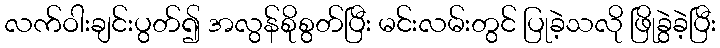
လက်ဝါးချင်းပွတ်၍ အလွန်စိုစွတ်ပြီး မင်းလမ်းတွင် ပြုခဲ့သလို ဖြိုခွဲခဲ့ပြီး